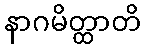
နာဂမိတ္ထာတိ